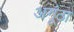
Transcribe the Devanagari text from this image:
अगूंठा